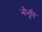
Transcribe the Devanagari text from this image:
भौभूति